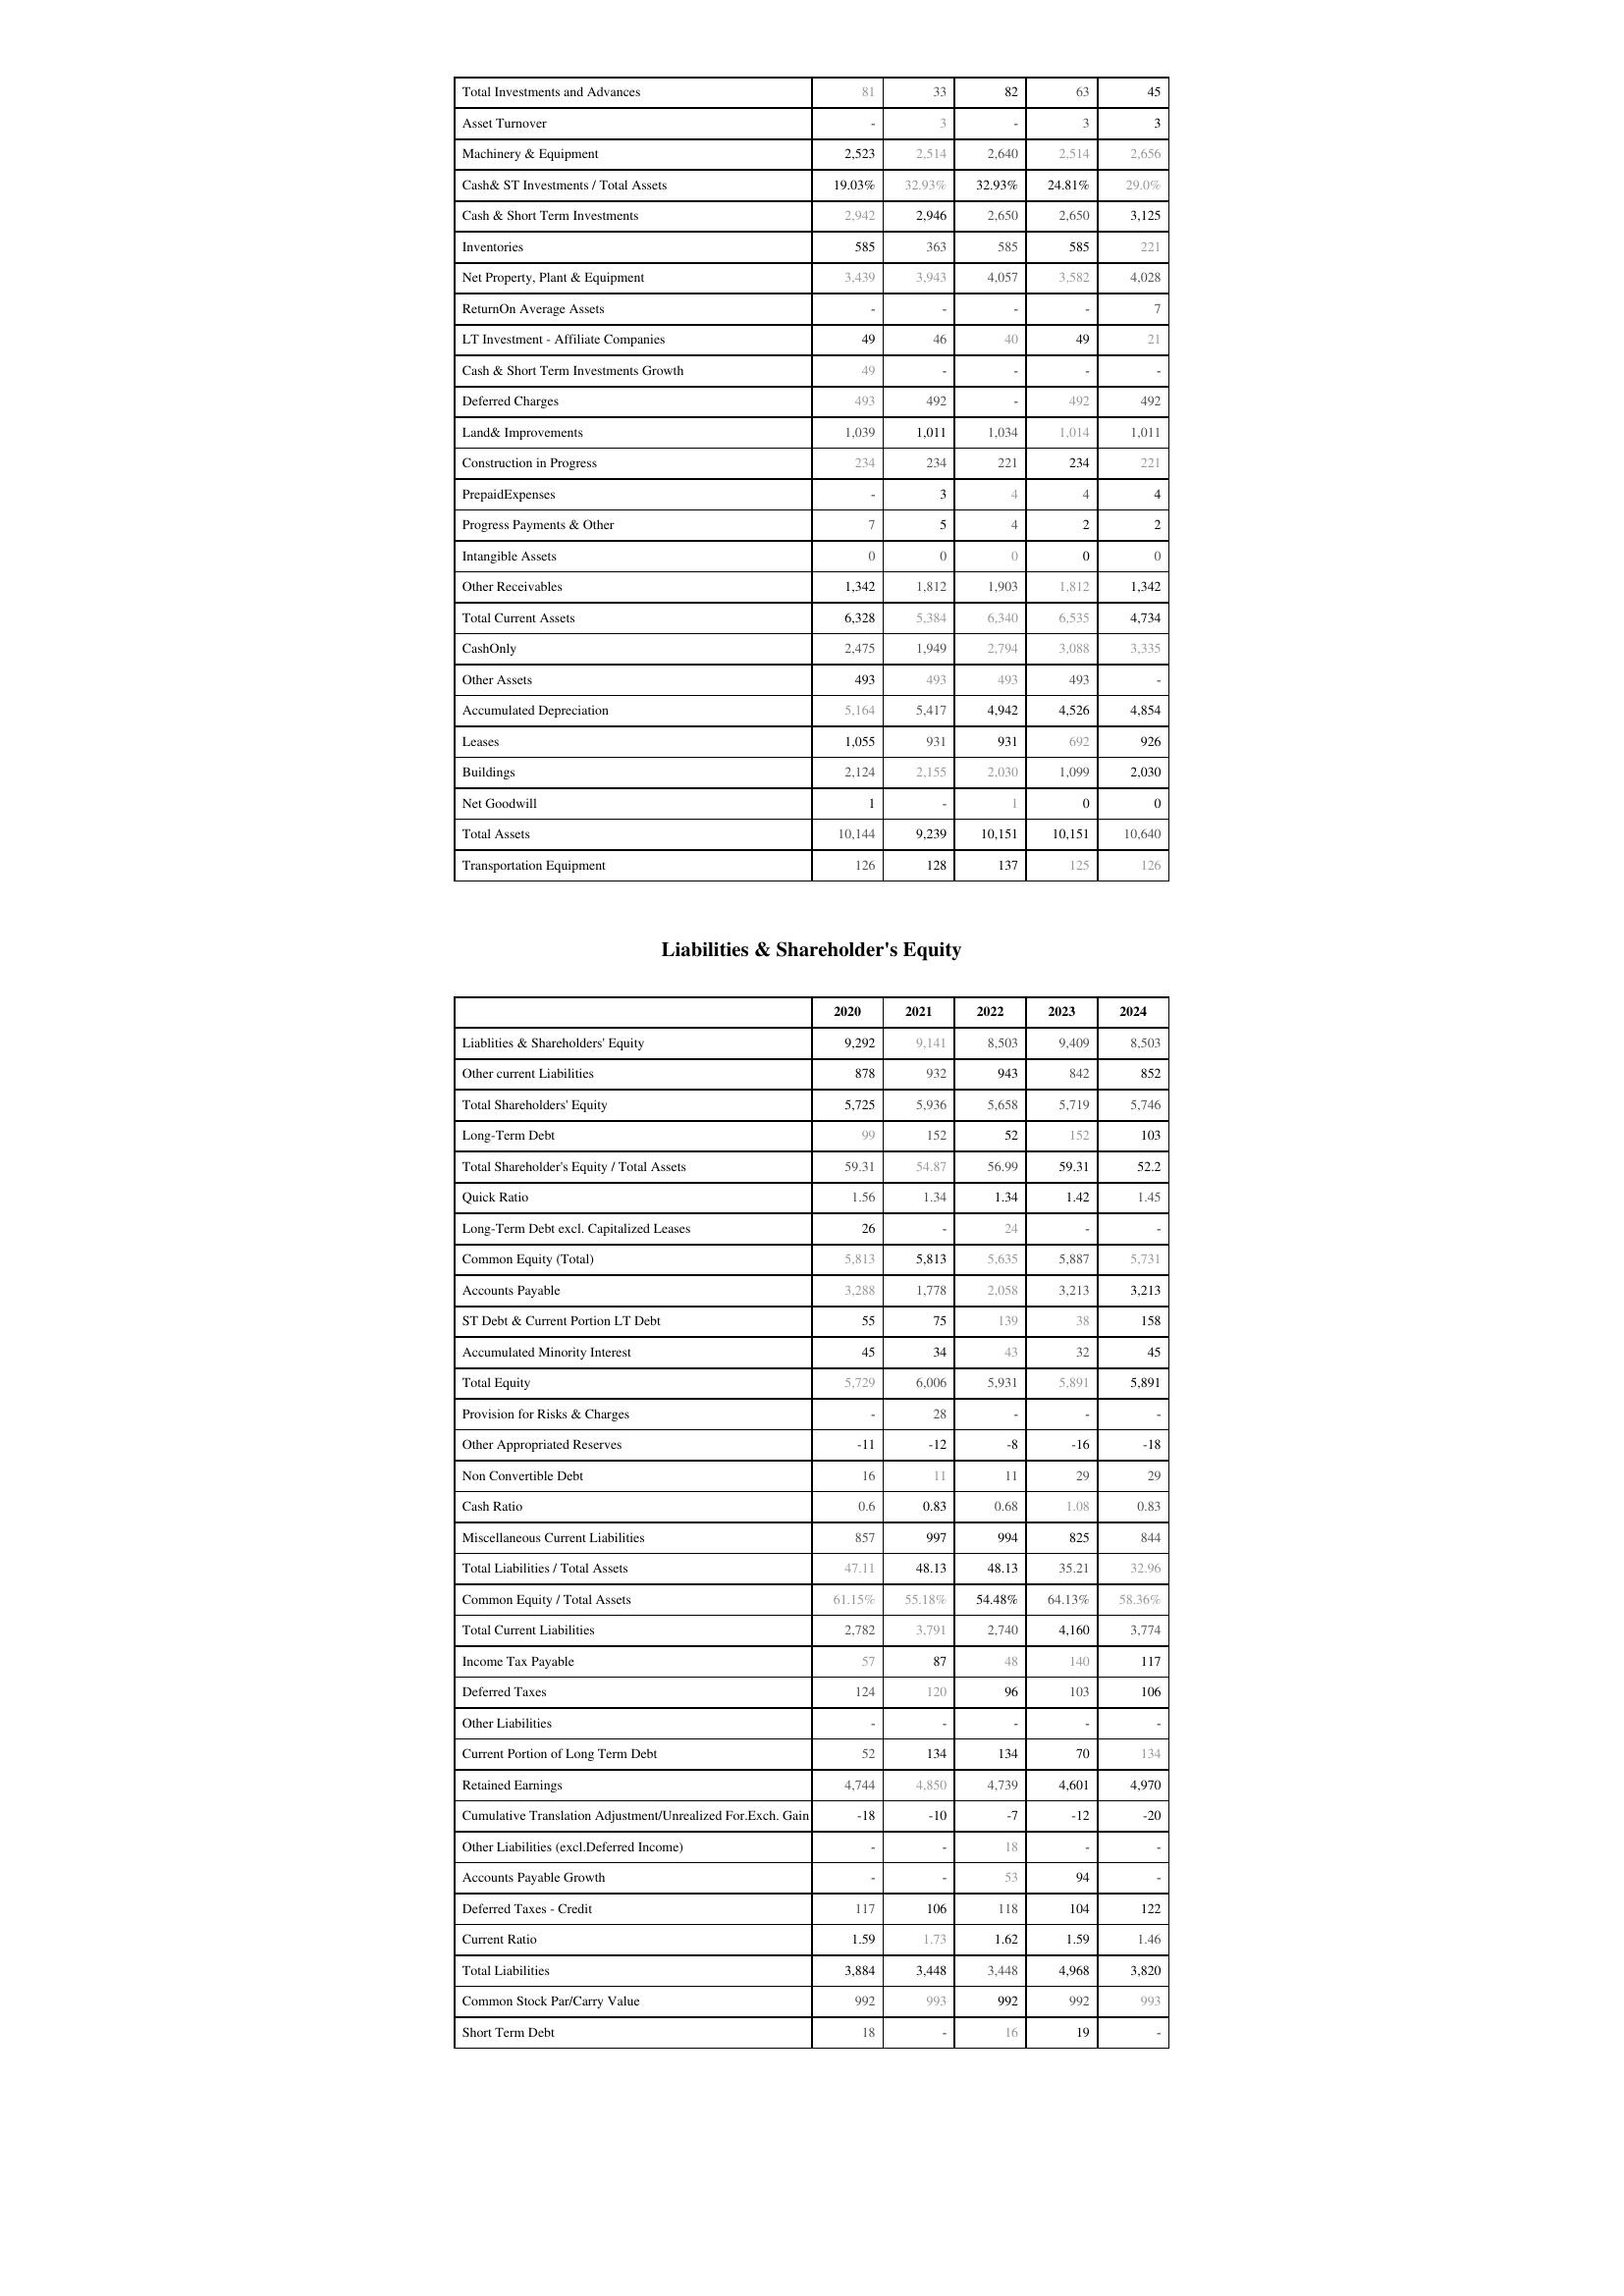
2020: Assets: Total Investments and Advances: 81
Asset Turnover: -
Machinery & Equipment: 2,523
Cash& ST Investments / Total Assets: 19.03%
Cash & Short Term Investments: 2,942
Inventories: 585
Net Property, Plant & Equipment: 3,439
ReturnOn Average Assets: -
LT Investment - Affiliate Companies: 49
Cash & Short Term Investments Growth: 49
Deferred Charges: 493
Land& Improvements: 1,039
Construction in Progress: 234
PrepaidExpenses: -
Progress Payments & Other: 7
Intangible Assets: 0
Other Receivables: 1,342
Total Current Assets: 6,328
CashOnly: 2,475
Other Assets: 493
Accumulated Depreciation: 5,164
Leases: 1,055
Buildings: 2,124
Net Goodwill: 1
Total Assets: 10,144
Transportation Equipment: 126
Liabilities & Shareholder's Equity: Liablities & Shareholders' Equity: 9,292
Other current Liabilities: 878
Total Shareholders' Equity: 5,725
Long-Term Debt: 99
Total Shareholder's Equity / Total Assets: 59.31
Quick Ratio: 1.56
Long-Term Debt excl. Capitalized Leases: 26
Common Equity (Total): 5,813
Accounts Payable: 3,288
ST Debt & Current Portion LT Debt: 55
Accumulated Minority Interest: 45
Total Equity: 5,729
Provision for Risks & Charges: -
Other Appropriated Reserves: -11
Non Convertible Debt: 16
Cash Ratio: 0.6
Miscellaneous Current Liabilities: 857
Total Liabilities / Total Assets: 47.11
Common Equity / Total Assets: 61.15%
Total Current Liabilities: 2,782
Income Tax Payable: 57
Deferred Taxes: 124
Other Liabilities: -
Current Portion of Long Term Debt: 52
Retained Earnings: 4,744
Cumulative Translation Adjustment/Unrealized For.Exch. Gain: -18
Other Liabilities (excl.Deferred Income): -
Accounts Payable Growth: -
Deferred Taxes - Credit: 117
Current Ratio: 1.59
Total Liabilities: 3,884
Common Stock Par/Carry Value: 992
Short Term Debt: 18
2021: Assets: Total Investments and Advances: 33
Asset Turnover: 3
Machinery & Equipment: 2,514
Cash& ST Investments / Total Assets: 32.93%
Cash & Short Term Investments: 2,946
Inventories: 363
Net Property, Plant & Equipment: 3,943
ReturnOn Average Assets: -
LT Investment - Affiliate Companies: 46
Cash & Short Term Investments Growth: -
Deferred Charges: 492
Land& Improvements: 1,011
Construction in Progress: 234
PrepaidExpenses: 3
Progress Payments & Other: 5
Intangible Assets: 0
Other Receivables: 1,812
Total Current Assets: 5,384
CashOnly: 1,949
Other Assets: 493
Accumulated Depreciation: 5,417
Leases: 931
Buildings: 2,155
Net Goodwill: -
Total Assets: 9,239
Transportation Equipment: 128
Liabilities & Shareholder's Equity: Liablities & Shareholders' Equity: 9,141
Other current Liabilities: 932
Total Shareholders' Equity: 5,936
Long-Term Debt: 152
Total Shareholder's Equity / Total Assets: 54.87
Quick Ratio: 1.34
Long-Term Debt excl. Capitalized Leases: -
Common Equity (Total): 5,813
Accounts Payable: 1,778
ST Debt & Current Portion LT Debt: 75
Accumulated Minority Interest: 34
Total Equity: 6,006
Provision for Risks & Charges: 28
Other Appropriated Reserves: -12
Non Convertible Debt: 11
Cash Ratio: 0.83
Miscellaneous Current Liabilities: 997
Total Liabilities / Total Assets: 48.13
Common Equity / Total Assets: 55.18%
Total Current Liabilities: 3,791
Income Tax Payable: 87
Deferred Taxes: 120
Other Liabilities: -
Current Portion of Long Term Debt: 134
Retained Earnings: 4,850
Cumulative Translation Adjustment/Unrealized For.Exch. Gain: -10
Other Liabilities (excl.Deferred Income): -
Accounts Payable Growth: -
Deferred Taxes - Credit: 106
Current Ratio: 1.73
Total Liabilities: 3,448
Common Stock Par/Carry Value: 993
Short Term Debt: -
2022: Assets: Total Investments and Advances: 82
Asset Turnover: -
Machinery & Equipment: 2,640
Cash& ST Investments / Total Assets: 32.93%
Cash & Short Term Investments: 2,650
Inventories: 585
Net Property, Plant & Equipment: 4,057
ReturnOn Average Assets: -
LT Investment - Affiliate Companies: 40
Cash & Short Term Investments Growth: -
Deferred Charges: -
Land& Improvements: 1,034
Construction in Progress: 221
PrepaidExpenses: 4
Progress Payments & Other: 4
Intangible Assets: 0
Other Receivables: 1,903
Total Current Assets: 6,340
CashOnly: 2,794
Other Assets: 493
Accumulated Depreciation: 4,942
Leases: 931
Buildings: 2,030
Net Goodwill: 1
Total Assets: 10,151
Transportation Equipment: 137
Liabilities & Shareholder's Equity: Liablities & Shareholders' Equity: 8,503
Other current Liabilities: 943
Total Shareholders' Equity: 5,658
Long-Term Debt: 52
Total Shareholder's Equity / Total Assets: 56.99
Quick Ratio: 1.34
Long-Term Debt excl. Capitalized Leases: 24
Common Equity (Total): 5,635
Accounts Payable: 2,058
ST Debt & Current Portion LT Debt: 139
Accumulated Minority Interest: 43
Total Equity: 5,931
Provision for Risks & Charges: -
Other Appropriated Reserves: -8
Non Convertible Debt: 11
Cash Ratio: 0.68
Miscellaneous Current Liabilities: 994
Total Liabilities / Total Assets: 48.13
Common Equity / Total Assets: 54.48%
Total Current Liabilities: 2,740
Income Tax Payable: 48
Deferred Taxes: 96
Other Liabilities: -
Current Portion of Long Term Debt: 134
Retained Earnings: 4,739
Cumulative Translation Adjustment/Unrealized For.Exch. Gain: -7
Other Liabilities (excl.Deferred Income): 18
Accounts Payable Growth: 53
Deferred Taxes - Credit: 118
Current Ratio: 1.62
Total Liabilities: 3,448
Common Stock Par/Carry Value: 992
Short Term Debt: 16
2023: Assets: Total Investments and Advances: 63
Asset Turnover: 3
Machinery & Equipment: 2,514
Cash& ST Investments / Total Assets: 24.81%
Cash & Short Term Investments: 2,650
Inventories: 585
Net Property, Plant & Equipment: 3,582
ReturnOn Average Assets: -
LT Investment - Affiliate Companies: 49
Cash & Short Term Investments Growth: -
Deferred Charges: 492
Land& Improvements: 1,014
Construction in Progress: 234
PrepaidExpenses: 4
Progress Payments & Other: 2
Intangible Assets: 0
Other Receivables: 1,812
Total Current Assets: 6,535
CashOnly: 3,088
Other Assets: 493
Accumulated Depreciation: 4,526
Leases: 692
Buildings: 1,099
Net Goodwill: 0
Total Assets: 10,151
Transportation Equipment: 125
Liabilities & Shareholder's Equity: Liablities & Shareholders' Equity: 9,409
Other current Liabilities: 842
Total Shareholders' Equity: 5,719
Long-Term Debt: 152
Total Shareholder's Equity / Total Assets: 59.31
Quick Ratio: 1.42
Long-Term Debt excl. Capitalized Leases: -
Common Equity (Total): 5,887
Accounts Payable: 3,213
ST Debt & Current Portion LT Debt: 38
Accumulated Minority Interest: 32
Total Equity: 5,891
Provision for Risks & Charges: -
Other Appropriated Reserves: -16
Non Convertible Debt: 29
Cash Ratio: 1.08
Miscellaneous Current Liabilities: 825
Total Liabilities / Total Assets: 35.21
Common Equity / Total Assets: 64.13%
Total Current Liabilities: 4,160
Income Tax Payable: 140
Deferred Taxes: 103
Other Liabilities: -
Current Portion of Long Term Debt: 70
Retained Earnings: 4,601
Cumulative Translation Adjustment/Unrealized For.Exch. Gain: -12
Other Liabilities (excl.Deferred Income): -
Accounts Payable Growth: 94
Deferred Taxes - Credit: 104
Current Ratio: 1.59
Total Liabilities: 4,968
Common Stock Par/Carry Value: 992
Short Term Debt: 19
2024: Assets: Total Investments and Advances: 45
Asset Turnover: 3
Machinery & Equipment: 2,656
Cash& ST Investments / Total Assets: 29.0%
Cash & Short Term Investments: 3,125
Inventories: 221
Net Property, Plant & Equipment: 4,028
ReturnOn Average Assets: 7
LT Investment - Affiliate Companies: 21
Cash & Short Term Investments Growth: -
Deferred Charges: 492
Land& Improvements: 1,011
Construction in Progress: 221
PrepaidExpenses: 4
Progress Payments & Other: 2
Intangible Assets: 0
Other Receivables: 1,342
Total Current Assets: 4,734
CashOnly: 3,335
Other Assets: -
Accumulated Depreciation: 4,854
Leases: 926
Buildings: 2,030
Net Goodwill: 0
Total Assets: 10,640
Transportation Equipment: 126
Liabilities & Shareholder's Equity: Liablities & Shareholders' Equity: 8,503
Other current Liabilities: 852
Total Shareholders' Equity: 5,746
Long-Term Debt: 103
Total Shareholder's Equity / Total Assets: 52.2
Quick Ratio: 1.45
Long-Term Debt excl. Capitalized Leases: -
Common Equity (Total): 5,731
Accounts Payable: 3,213
ST Debt & Current Portion LT Debt: 158
Accumulated Minority Interest: 45
Total Equity: 5,891
Provision for Risks & Charges: -
Other Appropriated Reserves: -18
Non Convertible Debt: 29
Cash Ratio: 0.83
Miscellaneous Current Liabilities: 844
Total Liabilities / Total Assets: 32.96
Common Equity / Total Assets: 58.36%
Total Current Liabilities: 3,774
Income Tax Payable: 117
Deferred Taxes: 106
Other Liabilities: -
Current Portion of Long Term Debt: 134
Retained Earnings: 4,970
Cumulative Translation Adjustment/Unrealized For.Exch. Gain: -20
Other Liabilities (excl.Deferred Income): -
Accounts Payable Growth: -
Deferred Taxes - Credit: 122
Current Ratio: 1.46
Total Liabilities: 3,820
Common Stock Par/Carry Value: 993
Short Term Debt: -